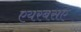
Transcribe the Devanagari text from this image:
एयरबसए